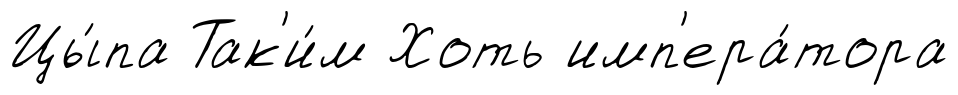
Цы́па Так'и́м Хоть имп'ера́тора